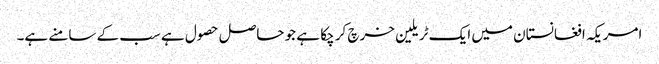
امریکہ افغانستان میں ایک ٹریلین خرچ کر چکا ہے جو حاصل حصول ہے سب کے سامنے ہے۔